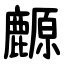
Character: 䴨